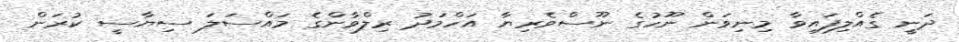
ދަނީ ގެއްލިފައިވާ މިނިވަން ނޫހުގެ ނޫސްވެރިޔާ އަހްމަދު ރިލްވާންގެ މައްސަލަ ސިޔާސީ ކުރަން